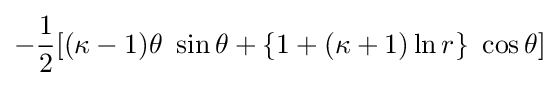
-{\frac {1}{2}}[(\kappa -1)\theta ~\sin \theta +\{1+(\kappa +1)\ln r\}~\cos \theta ]